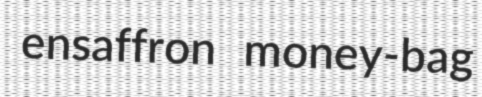
ensaffron money-bag